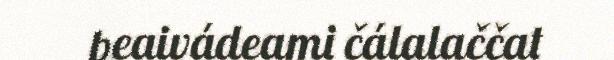
beaivádeami čálalaččat